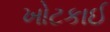
ખોટકાઈ